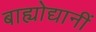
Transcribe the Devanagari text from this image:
बाह्योद्यानीं